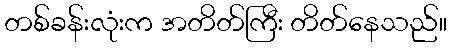
တစ်ခန်းလုံးက အတိတ်ကြီး တိတ်နေသည်။